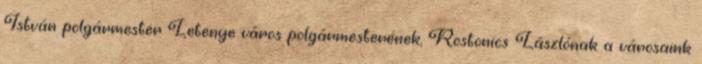
István polgármester Letenye város polgármesterének, Rostonics Lászlónak a városaink